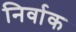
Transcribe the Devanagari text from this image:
निर्वाक